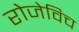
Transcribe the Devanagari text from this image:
रोजेविच